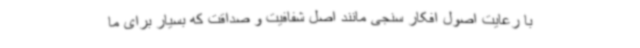
با رعایت اصول افکار سنجی مانند اصل شفافیت و صداقت که بسیار برای ما